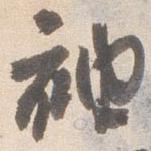
袖